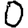
Digit: 0